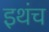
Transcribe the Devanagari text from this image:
इथंच